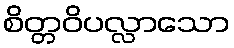
စိတ္တဝိပလ္လာသော